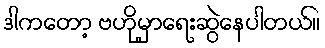
ဒါကတော့ ဗဟိုမှာရေးဆွဲနေပါတယ်။